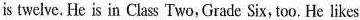
is twelve. He is in Class Two, Grade Six, too. He likes